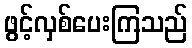
ဖွင့်လှစ်ပေးကြသည်